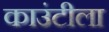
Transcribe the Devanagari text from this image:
काउंटीला